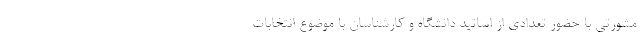
مشورتی با حضور تعدادی از اساتید دانشگاه و کارشناسان با موضوع انتخابات